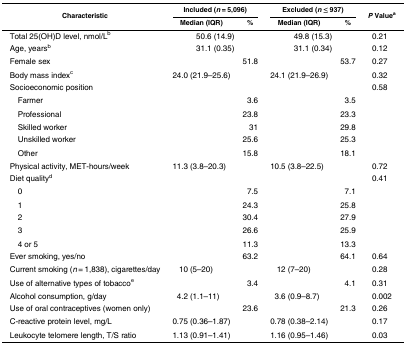
<table><thead><tr><td rowspan="2"><b>Characteristic</b></td><td colspan="2"><b>Included (<i>n</i> = 5,096)</b></td><td colspan="2"><b>Excluded (<i>n</i> ≤ 937)</b></td><td rowspan="2"><b><i>P</i> Value<sup>a</sup></b></td></tr><tr><td><b>Median (IQR)</b></td><td><b>%</b></td><td><b>Median (IQR)</b></td><td><b>%</b></td></tr></thead><tbody><tr><td>Total 25(OH)D level, nmol/L<sup>b</sup></td><td colspan="2">50.6 (14.9)</td><td colspan="2">49.8 (15.3)</td><td>0.21</td></tr><tr><td>Age, years<sup>b</sup></td><td colspan="2">31.1 (0.35)</td><td colspan="2">31.1 (0.34)</td><td>0.12</td></tr><tr><td>Female sex</td><td></td><td>51.8</td><td></td><td>53.7</td><td>0.27</td></tr><tr><td>Body mass index<sup>c</sup></td><td>24.0 (21.9–25.6)</td><td></td><td>24.1 (21.9–26.9)</td><td></td><td>0.32</td></tr><tr><td>Socioeconomic position</td><td></td><td></td><td></td><td></td><td>0.58</td></tr><tr><td> Farmer</td><td></td><td>3.6</td><td></td><td>3.5</td><td></td></tr><tr><td> Professional</td><td></td><td>23.8</td><td></td><td>23.3</td><td></td></tr><tr><td> Skilled worker</td><td></td><td>31</td><td></td><td>29.8</td><td></td></tr><tr><td> Unskilled worker</td><td></td><td>25.6</td><td></td><td>25.3</td><td></td></tr><tr><td> Other</td><td></td><td>15.8</td><td></td><td>18.1</td><td></td></tr><tr><td>Physical activity, MET-hours/week</td><td>11.3 (3.8–20.3)</td><td></td><td>10.5 (3.8–22.5)</td><td></td><td>0.72</td></tr><tr><td>Diet quality<sup>d</sup></td><td></td><td></td><td></td><td></td><td>0.41</td></tr><tr><td> 0</td><td></td><td>7.5</td><td></td><td>7.1</td><td></td></tr><tr><td> 1</td><td></td><td>24.3</td><td></td><td>25.8</td><td></td></tr><tr><td> 2</td><td></td><td>30.4</td><td></td><td>27.9</td><td></td></tr><tr><td> 3</td><td></td><td>26.6</td><td></td><td>25.9</td><td></td></tr><tr><td> 4 or 5</td><td></td><td>11.3</td><td></td><td>13.3</td><td></td></tr><tr><td>Ever smoking, yes/no</td><td></td><td>63.2</td><td></td><td>64.1</td><td>0.64</td></tr><tr><td>Current smoking (<i>n</i> = 1,838), cigarettes/day</td><td>10 (5–20)</td><td></td><td>12 (7–20)</td><td></td><td>0.28</td></tr><tr><td>Use of alternative types of tobacco<sup>e</sup></td><td></td><td>3.4</td><td></td><td>4.1</td><td>0.31</td></tr><tr><td>Alcohol consumption, g/day</td><td>4.2 (1.1–11)</td><td></td><td>3.6 (0.9–8.7)</td><td></td><td>0.002</td></tr><tr><td>Use of oral contraceptives (women only)</td><td></td><td>23.6</td><td></td><td>21.3</td><td>0.26</td></tr><tr><td>C-reactive protein level, mg/L</td><td>0.75 (0.36–1.87)</td><td></td><td>0.78 (0.38–2.14)</td><td></td><td>0.17</td></tr><tr><td>Leukocyte telomere length, T/S ratio</td><td>1.13 (0.91–1.41)</td><td></td><td>1.16 (0.95–1.46)</td><td></td><td>0.03</td></tr></tbody></table>